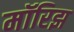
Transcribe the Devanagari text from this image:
मॉरिझ